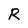
Character: R